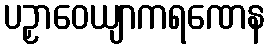
ပဉှာဝေယျာကရဏေန